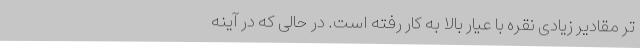
تر مقادیر زیادی نقره با عیار بالا به کار رفته است. در حالی که در آینه